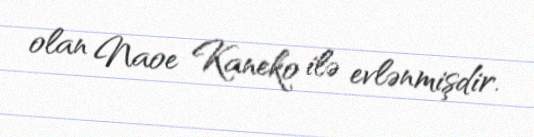
olan Naoe Kaneko ilə evlənmişdir.